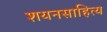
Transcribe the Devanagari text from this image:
शयनसाहित्य